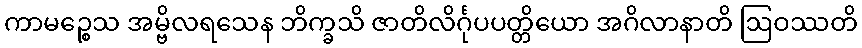
ကာမဉ္စေသ အမ္ဗိလရသေန ဘိက္ခသိ ဇာတိလိင်္ဂုပပတ္တိယော အဂိလာနာတိ ဩဝဿတိ